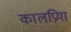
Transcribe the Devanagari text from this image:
कालप्रिया